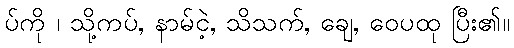
ပ်ကို ၊ သို့ကပ်, နာမ်ငဲ့, သိသက်, ချေ, ဝေပထု ပြီး၏။